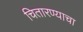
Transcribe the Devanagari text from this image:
चितारण्याचा